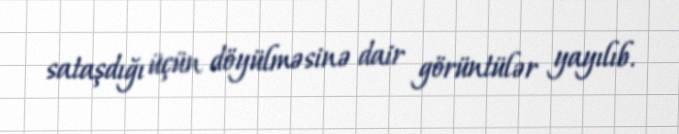
sataşdığı üçün döyülməsinə dair görüntülər yayılıb.